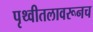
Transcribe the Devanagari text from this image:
पृथ्वीतलावरूनच